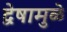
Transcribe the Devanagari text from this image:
द्वेषामुळे